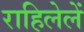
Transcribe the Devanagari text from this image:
राहिलेलें